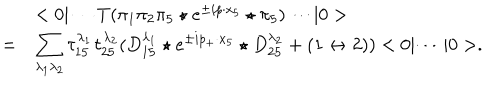
\begin{array} { r l } { { } } & { { < 0 | \cdots T ( \pi _ { 1 } \pi _ { 2 } \pi _ { 5 } \star e ^ { \pm i p \cdot x _ { 5 } } \star \pi _ { 5 } ) \cdots | 0 > } } \\ { { = } } & { { \displaystyle \sum _ { \lambda _ { 1 } \lambda _ { 2 } } \tau _ { 1 5 } ^ { \lambda _ { 1 } } \tau _ { 2 5 } ^ { \lambda _ { 2 } } ( D _ { 1 5 } ^ { \lambda _ { 1 } } \star e ^ { \pm i p _ { + } \cdot x _ { 5 } } \star D _ { 2 5 } ^ { \lambda _ { 2 } } + ( 1 \leftrightarrow 2 ) ) < 0 | \cdots | 0 > . } } \\ \end{array}